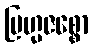
ဗြဟ္မဇစ္စော